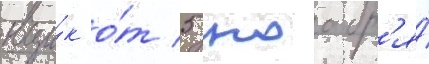
вци́к о́т 5 ноабр'я́